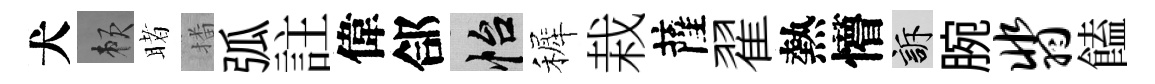
犬賴睹播弧註偉郃怡裤栽薩翟熱懵訴腕翡饁